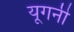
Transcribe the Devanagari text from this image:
यूगनी